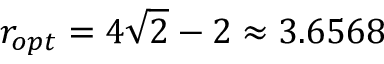
r _ { o p t } = 4 \sqrt { 2 } - 2 \approx 3 . 6 5 6 8